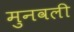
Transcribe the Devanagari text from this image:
मुनवली